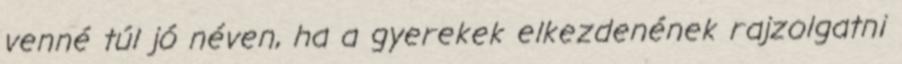
venné túl jó néven, ha a gyerekek elkezdenének rajzolgatni